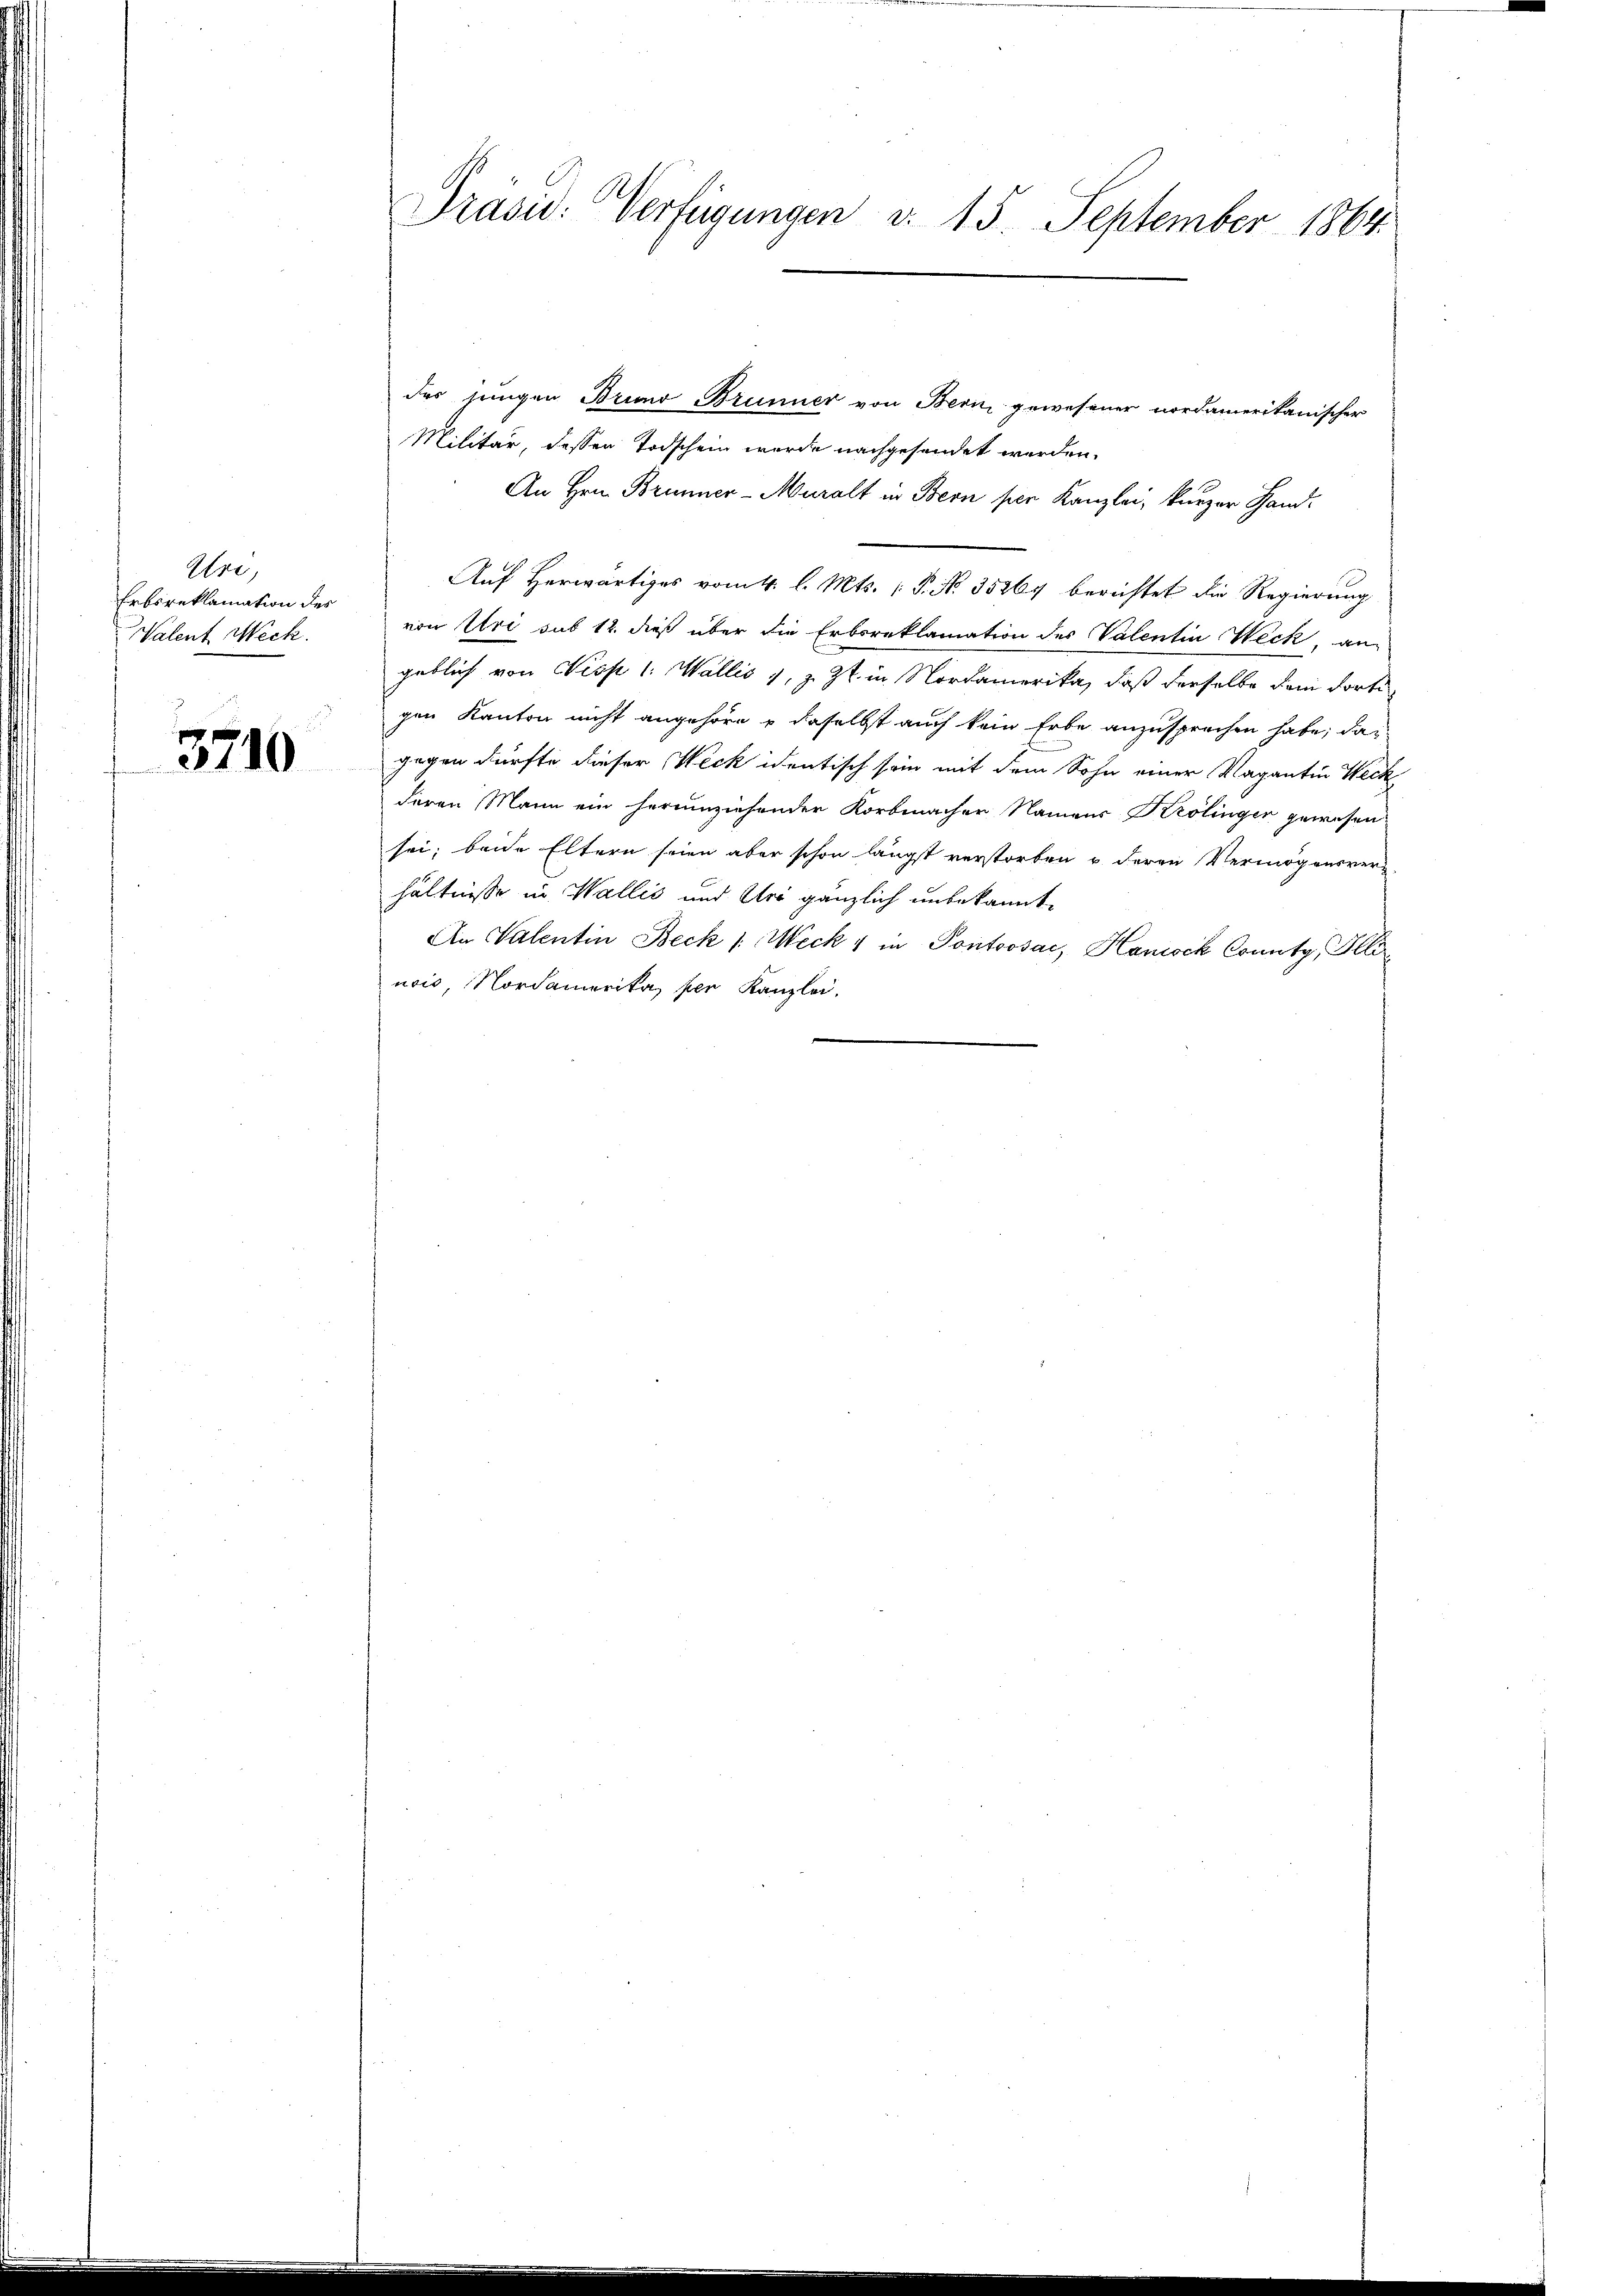
Asse
Erbsreklamation der
Walent Weck.
3710

Präsid: Verfügungen v. 15. September 1864.

der jungen Bruno Brunner von Bern, gewesener nordamerikanischer
Militär, dessen Todschein wurde nachgesendet werden.
An Hrn. Brunner-Muralt in Bern per Kanzlei, kurzer Hand-
Auf Herwärtiges vom 4. l. Mts. P. Nr. 35264 berichtet die Regierung
von Uri sub 12. dieß über die Erboreklamation des Valentin Weck, an
geblich von Nisp 1. Wallis 1, z. Zt. in Nordamerika, daß derselbe dem dorte
gen Kanton nicht angehöre & daselbst auch kein Erbe anzusprechen habe, das
gegen dürfte dieser Weck identisch sein mit dem Sohn einer Vagantin Weck
deren Mann ein herumziehender Korbmacher Namens Krölinger gewesen
sei; beide Eltern seien aber schon längst verstorben u. deren Vermögensver-
hältnisse in Wallis und Uri gänzlich unbekannt,
An Valentin Beck 1. Weck & in Pontoosai, Hanck County, Illinois, Nordamerika, per Kanzlei.